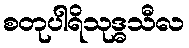
စတုပါရိသုဒ္ဓသီလ